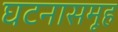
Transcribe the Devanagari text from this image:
घटनासमूह